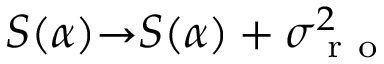
S ( \alpha ) { \rightarrow } S ( \alpha ) + \sigma _ { \mathrm { ~ r ~ o ~ } } ^ { 2 }